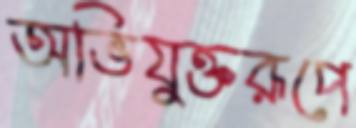
অভিযুক্তরূপে